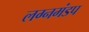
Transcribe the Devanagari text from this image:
लग्नमंडप